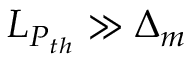
L _ { P _ { t h } } \gg \Delta _ { m }